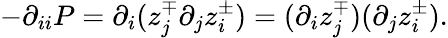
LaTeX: -\partial_{ii}P=\partial_{i}(z_{j}^{\mp}\partial_{j}z_{i}^{\pm})=(\partial_{i}z_{j}^{\mp})(\partial_{j}z_{i}^{\pm}).